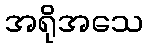
အရိုအသေ